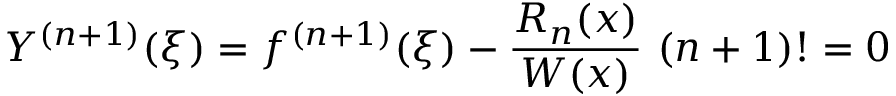
Y ^ { ( n + 1 ) } ( \xi ) = f ^ { ( n + 1 ) } ( \xi ) - { \frac { R _ { n } ( x ) } { W ( x ) } } \ ( n + 1 ) ! = 0